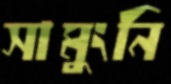
সামুংনি